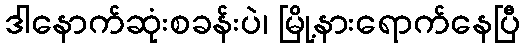
ဒါနောက်ဆုံးစခန်းပဲ၊ မြို့နားရောက်နေပြီ